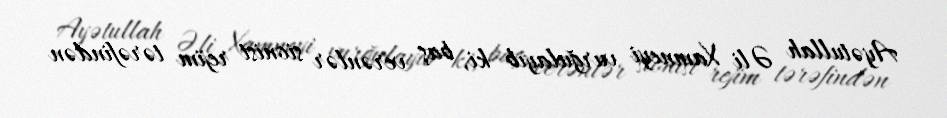
Ayətullah Əli Xamneyi vurğulayıb ki, baş verənlər sionist rejim tərəfindən